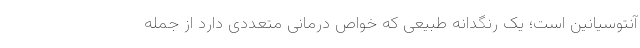
آنتوسیانین است؛ یک رنگدانه طبیعی که خواص درمانی متعددی دارد از جمله